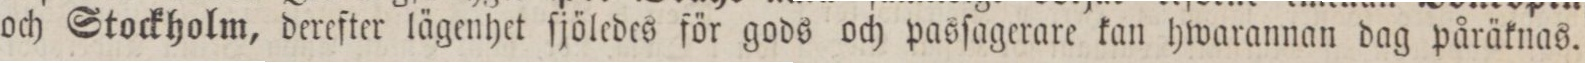
och Stockholm, derefter lägenhet ſjöledes för gods och pasſagerare kan hwarannan dag påräknas.